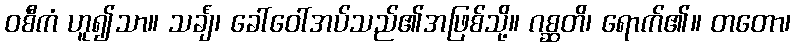
ဝစီကံ ဟူ၍သာ။ သင်္ချံ၊ ခေါ်ဝေါ်အပ်သည်၏အဖြစ်သို့။ ဂစ္ဆတိ၊ ရောက်၏။ တတော၊